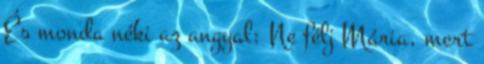
És monda néki az angyal: Ne félj Mária, mert